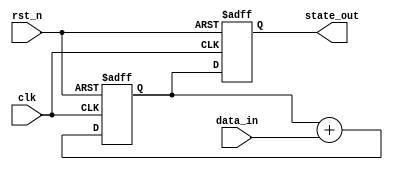
module sequential_logic (
    input wire clk,          // Clock signal
    input wire rst_n,       // Active low reset signal
    input wire [3:0] data_in, // 4-bit input data
    output reg [3:0] state_out // 4-bit output state
);

// State declaration - you can modify this based on your requirements
reg [3:0] current_state;

// Always block sensitive to the positive edge of the clock and negative edge of the reset
always @(posedge clk or negedge rst_n) begin
    if (!rst_n) begin
        // Reset the current state to a known value (e.g., 0)
        current_state <= 4'b0000; // Reset state
        state_out <= 4'b0000;      // Initialize output
    end else begin
        // State update based on current state and input
        // Example state transition logic
        current_state <= current_state + data_in; // Simple increment with input
        state_out <= current_state; // Update output to current state
    end
end

endmodule